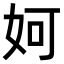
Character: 妸